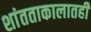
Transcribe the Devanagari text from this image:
शांतताकालातही